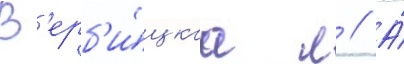
В'ерб'и́цкаа л // А́